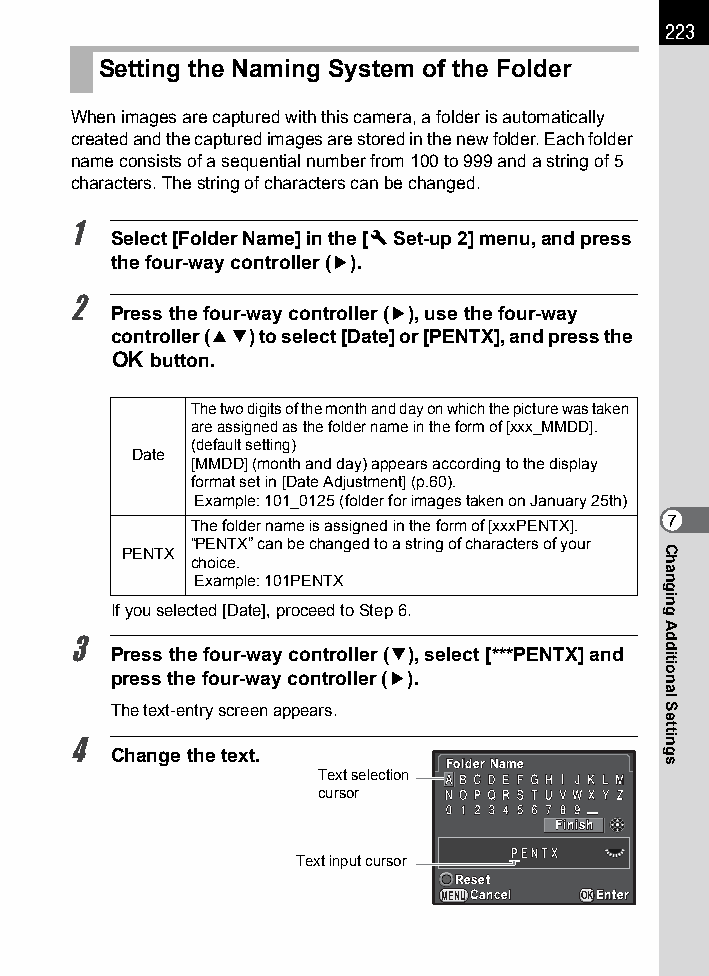
223
 Setting the Naming System of the Folder
 When images are captured with this camera, a folder is automatically
 created and the captured images are stored in the new folder. Each folder
 name consists of a sequential number from 100 to 999 and a string of 5
 characters. The string of characters can be changed.
 1
 Select [Folder Name] in the [R Set-up 2] menu, and press
 the four-way controller (5).
 2
 Press the four-way controller (5), use the four-way
 controller (23) to select [Date] or [PENTX], and press the
 4  button.
 The two digits of the month and day on which the picture was taken
 are assigned as the folder name in the form of [xxx_MMDD].
 (default setting)
 Date
 [MMDD] (month and day) appears according to the display
 format set in [Date Adjustment] (p.60).
 Example: 101_0125 (folder for images taken on January 25th)
 The folder name is assigned in the form of [xxxPENTX]. 7
 “PENTX” can be changed to a string of characters of your
 PENTX
 choice.
 Example: 101PENTX
 If you selected [Date], proceed to Step 6.
 3
 Press the four-way controller (3), select [***PENTX] and
 press the four-way controller (5).
 The text-entry screen appears.
 4
 Change the text.
 FFoollddeerr NNaammee
 Text selection
 cursor
 FFiinniisshh
 Text input cursor
 RReesseett
 MENUCCaanncceell OKEEnntteerr
 Changing
 Additional
 Settings